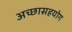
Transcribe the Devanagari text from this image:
अच्छासहयोग